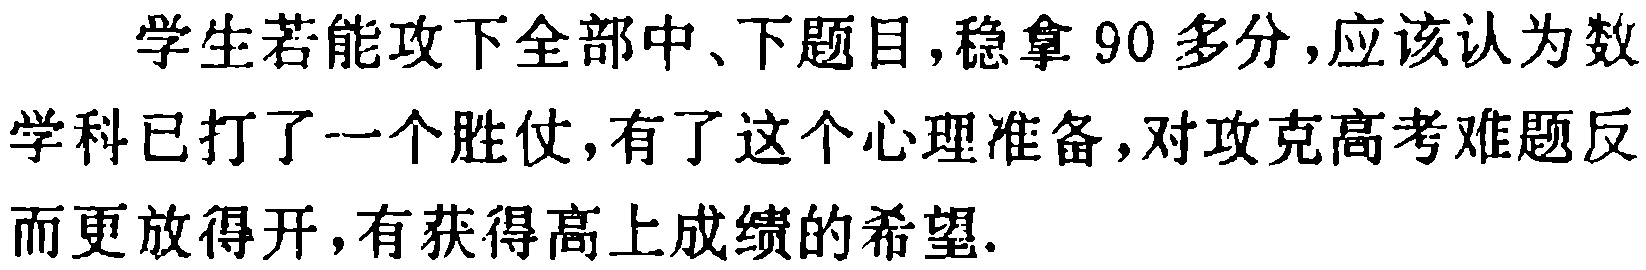
学生若能攻下全部中、下题目,稳拿 90 多分,应该认为数学科已打了一个胜仗,有了这个心理准备,对攻克高考难题反而更放得开,有获得高上成绩的希望.